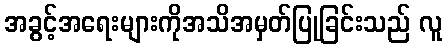
အခွင့်အရေးများကိုအသိအမှတ်ပြုခြင်းသည် လူ